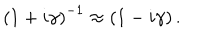
\left( 1 + i \gamma \right) ^ { - 1 } \approx \left( 1 - i \gamma \right) .